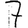
Digit: 7